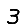
Digit: 3